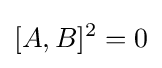
[A,B]^{2}=0